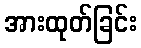
အားထုတ်ခြင်း